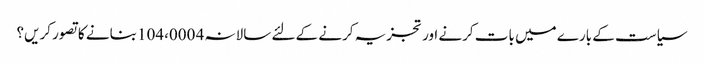
سیاست کے بارے میں بات کرنے اور تجزیہ کرنے کے لئے سالانہ 4 104،000 بنانے کا تصور کریں؟